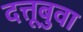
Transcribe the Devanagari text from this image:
दत्तूबुवा